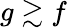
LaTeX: g\gtrsim f